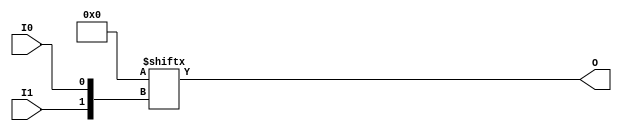
`ifdef verilator3
`else
`timescale 1 ps / 1 ps
`endif
//
// LUT2 primitive for Xilinx FPGAs
// Compatible with Verilator tool (www.veripool.org)
// Copyright (c) 2019-2022 Frdric REQUIN
// License : BSD
//

module LUT2
#(
    parameter [3:0] INIT = 4'b0000
)
(
    input  wire I0, I1,
    output wire O
);
    wire [1:0] _w_idx = { I1, I0 };

    assign O = INIT[_w_idx];

endmodule